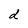
Character: d